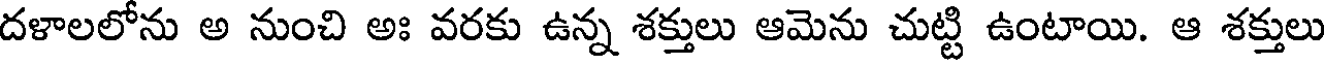
దళాలలోను అ నుంచి అః వరకు ఉన్న శక్తులు ఆమెను చుట్టి ఉంటాయి. ఆ శక్తులు